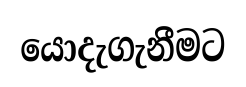
යොදැගැනීමට